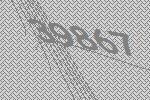
39867